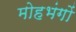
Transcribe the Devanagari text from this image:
मोहभंगों